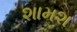
શામશ